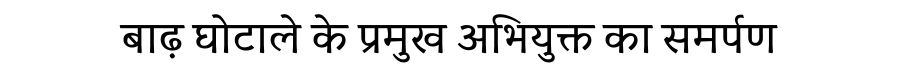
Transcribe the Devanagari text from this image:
बाढ़ घोटाले के प्रमुख अभियुक्त का समर्पण